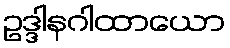
ဥဒ္ဒါနဂါထာယော